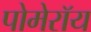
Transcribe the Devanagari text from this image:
पोमेरॉय